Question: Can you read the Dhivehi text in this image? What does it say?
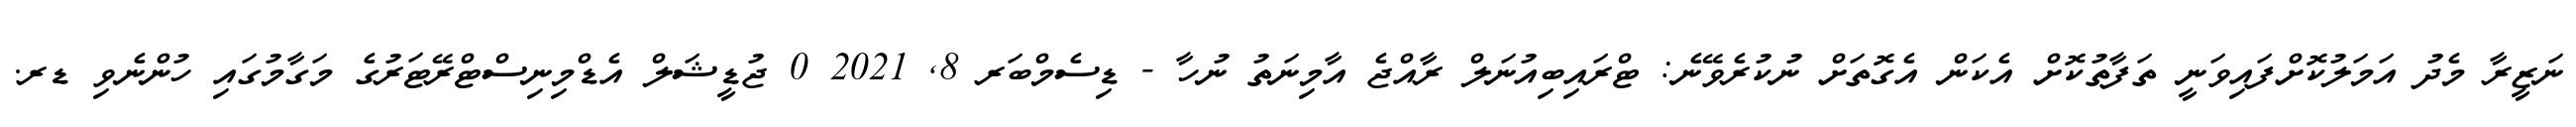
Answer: ނަޒީރާ މެދު އަމަލުކޮށްފައިވަނީ ތަފާތުކޮށް އެކަން އެގޮތަށް ނުކުރެވޭނެ: ޓްރައިބިއުނަލް ރާއްޖެ އާމިނަތު ނުހާ - ޑިސެމްބަރ 8, 2021 0 ޖުޑީޝަލް އެޑްމިނިސްޓްރޭޓަރުގެ މަގާމުގައި ހުންނެވި ޑރ.